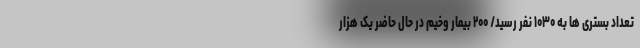
تعداد بستری ها به ۱۰۳۰ نفر رسید/ ۲۰۰ بیمار وخیم در حال حاضر یک هزار